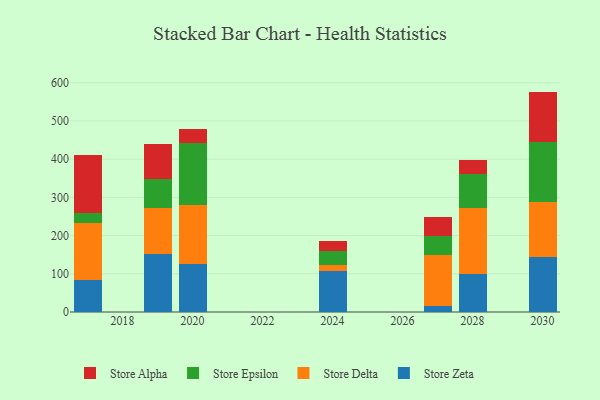
{"axis": {"x": "Year", "y": "Tickets Resolved"}, "legend": ["Store Alpha", "Store Delta", "Store Epsilon", "Store Zeta"], "data": [{"x": "2027", "y": 14.9, "type": "Store Zeta"}, {"x": "2027", "y": 134.2, "type": "Store Delta"}, {"x": "2027", "y": 50.0, "type": "Store Epsilon"}, {"x": "2027", "y": 50.2, "type": "Store Alpha"}, {"x": "2030", "y": 143.9, "type": "Store Zeta"}, {"x": "2030", "y": 144.0, "type": "Store Delta"}, {"x": "2030", "y": 157.9, "type": "Store Epsilon"}, {"x": "2030", "y": 131.0, "type": "Store Alpha"}, {"x": "2017", "y": 84.1, "type": "Store Zeta"}, {"x": "2017", "y": 148.5, "type": "Store Delta"}, {"x": "2017", "y": 27.1, "type": "Store Epsilon"}, {"x": "2017", "y": 151.8, "type": "Store Alpha"}, {"x": "2019", "y": 151.7, "type": "Store Zeta"}, {"x": "2019", "y": 120.1, "type": "Store Delta"}, {"x": "2019", "y": 77.4, "type": "Store Epsilon"}, {"x": "2019", "y": 91.3, "type": "Store Alpha"}, {"x": "2028", "y": 98.5, "type": "Store Zeta"}, {"x": "2028", "y": 174.2, "type": "Store Delta"}, {"x": "2028", "y": 88.3, "type": "Store Epsilon"}, {"x": "2028", "y": 37.0, "type": "Store Alpha"}, {"x": "2020", "y": 125.2, "type": "Store Zeta"}, {"x": "2020", "y": 154.5, "type": "Store Delta"}, {"x": "2020", "y": 162.2, "type": "Store Epsilon"}, {"x": "2020", "y": 36.1, "type": "Store Alpha"}, {"x": "2024", "y": 107.6, "type": "Store Zeta"}, {"x": "2024", "y": 15.1, "type": "Store Delta"}, {"x": "2024", "y": 36.4, "type": "Store Epsilon"}, {"x": "2024", "y": 27.8, "type": "Store Alpha"}]}